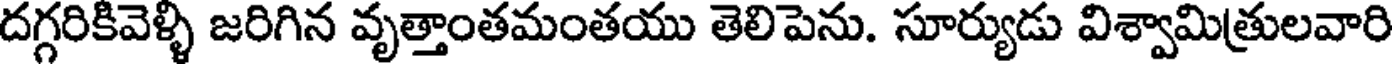
దగ్గరికివెళ్ళి జరిగిన వృత్తాంతమంతయు తెలిపెను. సూర్యుడు విశ్వామిత్రులవారి